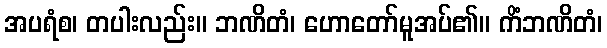
အပရံစ၊ တပါးလည်း။ ဘဏိတံ၊ ဟောတော်မူအပ်၏။ ကိံဘဏိတံ၊